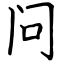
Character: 问